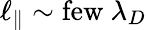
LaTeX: \ell_{\| }\sim\mathrm{few}\ \lambda_{D}